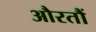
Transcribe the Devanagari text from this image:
औरतौं